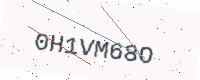
Text: 0H1VM68O